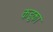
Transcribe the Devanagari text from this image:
कडुका